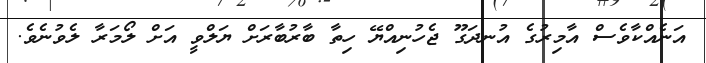
އަނެއްކާވެސް އާމިރުގެ އުނދަގޫ ޖެހުނިއްޔޭ ހިތާ ބާރުބާރަށް ޔަލްވީ އަށް ލޯމަރާ ލެވުނެވެ.